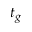
t _ { g }